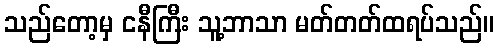
သည်တော့မှ ငနီကြီး သူ့ဘာသာ မတ်တတ်ထရပ်သည်။